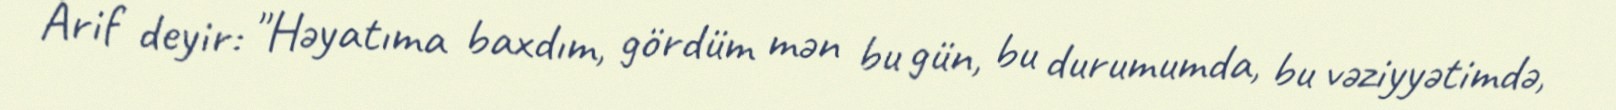
Arif deyir: "Həyatıma baxdım, gördüm mən bu gün, bu durumumda, bu vəziyyətimdə,